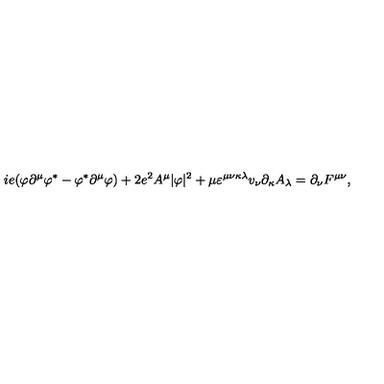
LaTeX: i e ( \varphi \partial ^ { \mu } \varphi ^ { \ast } - \varphi ^ { \ast } \partial ^ { \mu } \varphi ) + 2 e ^ { 2 } A ^ { \mu } | \varphi | ^ { 2 } + \mu \varepsilon ^ { \mu \nu \kappa \lambda } v _ { \nu } \partial _ { \kappa } A _ { \lambda } = \partial _ { \nu } F ^ { \mu \nu } ,